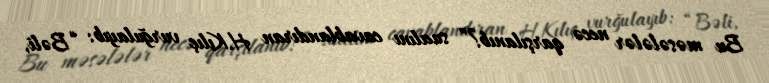
Bu məsələlər necə qarşılanıb?” sualını cavablandıran H.Kılıç vurğulayıb: “Bəli,